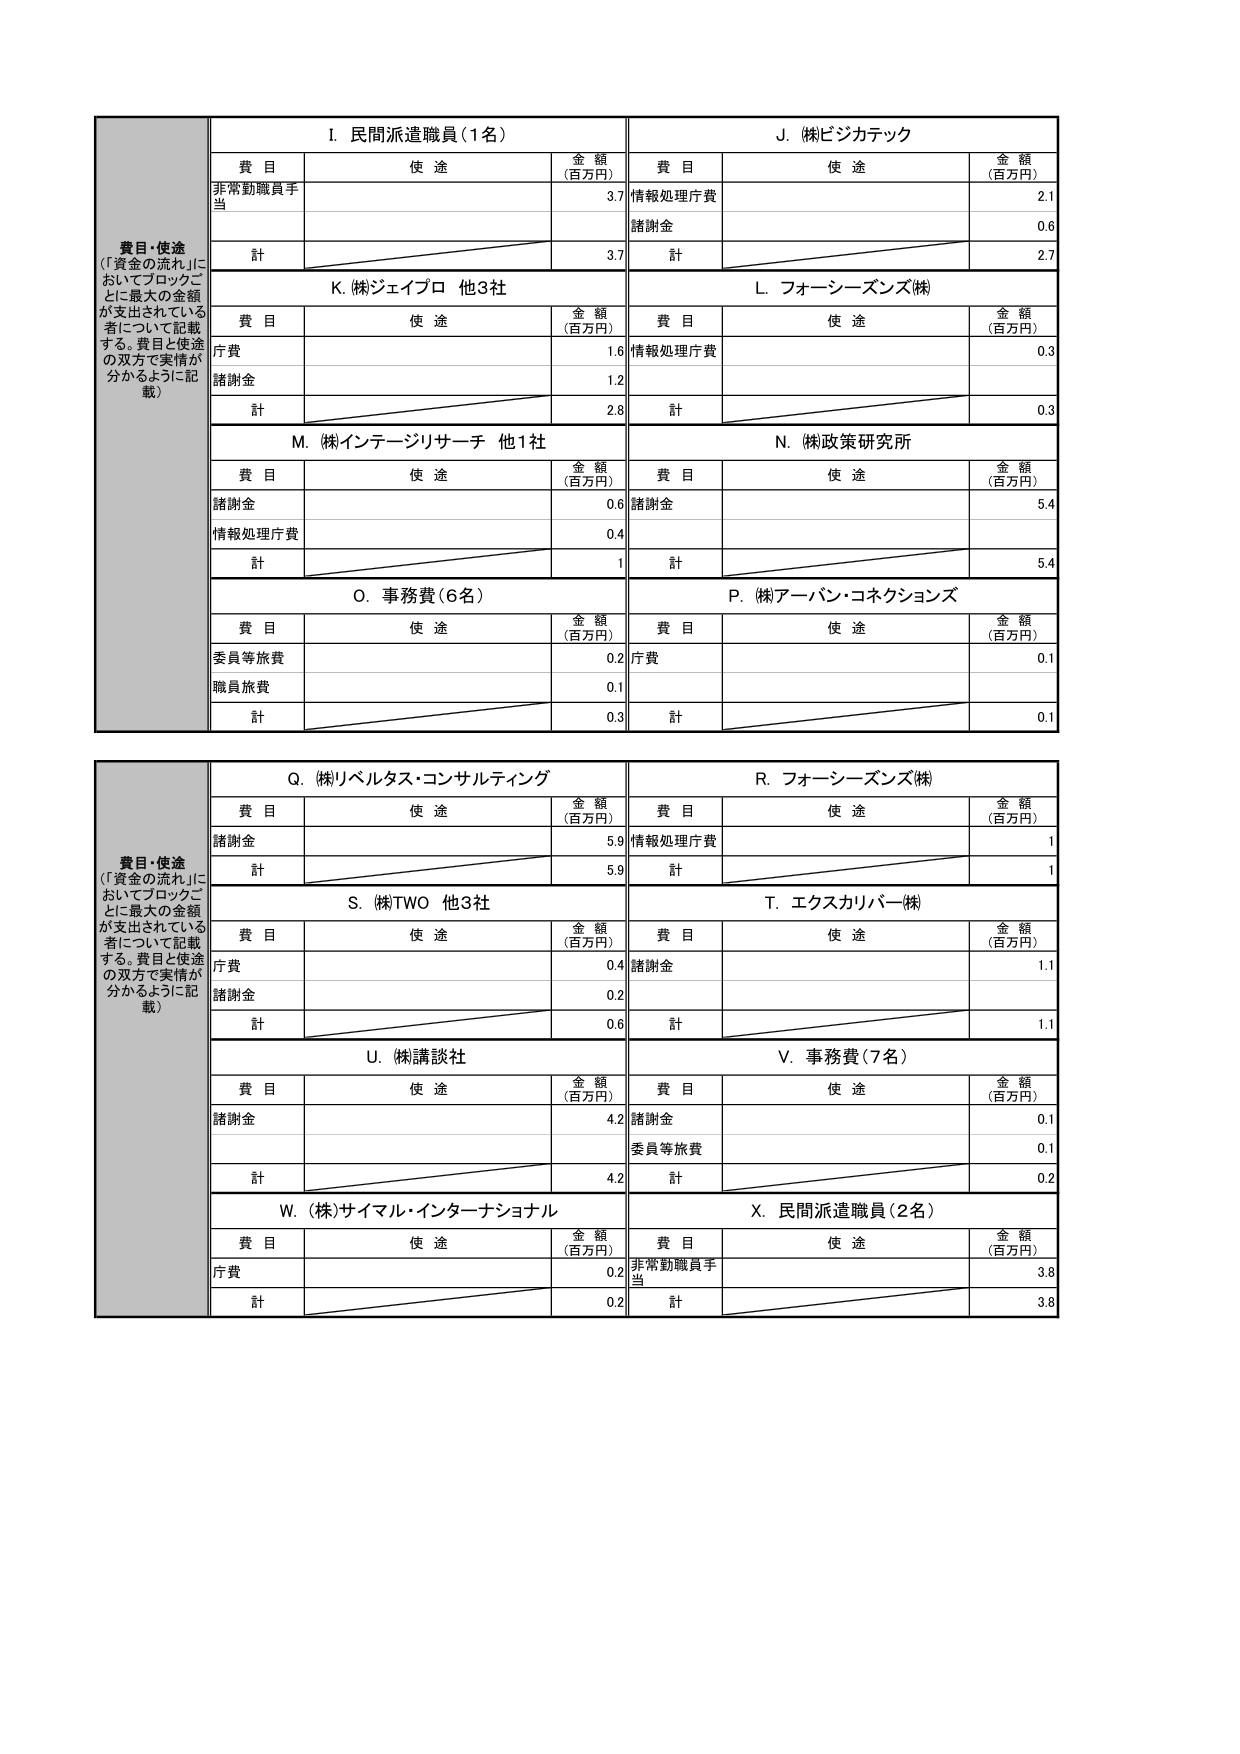
費目・使途
（「資金の流れ」においてブロックごとに最大の金額が支出されている者について記載する。費目と使途の双方で実情が分かるように記載）

I. 民間派遣職員（1名）
費目 使途 金額（百万円）
非常勤職員手当 3.7
計 3.7

J. (株)ビジカタック
費目 使途 金額（百万円）
情報処理庁費 2.1
諸謝金 0.6
計 2.7

K. (株)ジェイプロ 他3社
費目 使途 金額（百万円）
庁費 1.6
諸謝金 1.2
計 2.8

L. フォーシーズンズ(株)
費目 使途 金額（百万円）
情報処理庁費 0.3
計 0.3

M. (株)インテージリサーチ 他1社
費目 使途 金額（百万円）
諸謝金 0.6
情報処理庁費 0.4
計 1

N. (株)政策研究所
費目 使途 金額（百万円）
諸謝金 5.4
計 5.4

O. 事務費（6名）
費目 使途 金額（百万円）
委員等旅費 0.2
職員旅費 0.1
計 0.3

P. (株)アーバン・コクションズ
費目 使途 金額（百万円）
庁費 0.1
計 0.1

費目・使途
（「資金の流れ」においてブロックごとに最大の金額が支出されている者について記載する。費目と使途の双方で実情が分かるように記載）

Q. (株)リベルタス・コンサルティング
費目 使途 金額（百万円）
諸謝金 5.9
計 5.9

R. フォーシーズンズ(株)
費目 使途 金額（百万円）
情報処理庁費 1
計 1

S. (株)TWO 他3社
費目 使途 金額（百万円）
庁費 0.4
諸謝金 0.2
計 0.6

T. エクスカリバー(株)
費目 使途 金額（百万円）
諸謝金 1.1
計 1.1

U. (株)講談社
費目 使途 金額（百万円）
諸謝金 4.2
計 4.2

V. 事務費（7名）
費目 使途 金額（百万円）
諸謝金 0.1
委員等旅費 0.1
計 0.2

W. (株)サイマル・インターナショナル
費目 使途 金額（百万円）
庁費 0.2
計 0.2

X. 民間派遣職員（2名）
費目 使途 金額（百万円）
非常勤職員手当 3.8
計 3.8